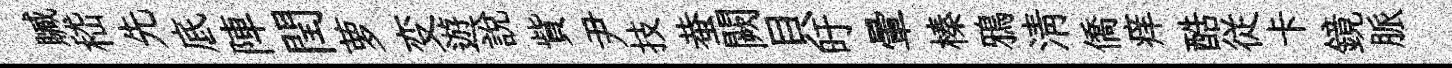
贓嵇先底陣閏萝变遊説貲尹技蛬闕貝旴暈榛鴉淸僑痒酷従卡鏡脈